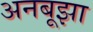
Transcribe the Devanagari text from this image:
अनबूझा